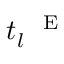
t _ { l } ^ { \mathrm { ~ \textsc ~ { ~ E ~ } ~ } }